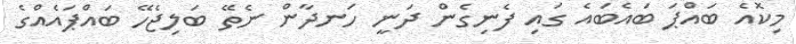
މިކޮއެ ބައްޕަ ބައެބައެ ގައި ފެނިގެން ދަނީ ހަނދާން ނެތޭ ބަލިޖެހޭ ބައްޕައެއްގެ